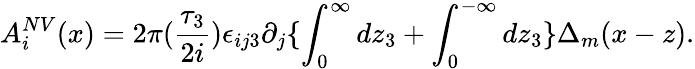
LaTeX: A_{i}^{NV}(x)=2\pi(\frac{\tau_{3}}{2i})\epsilon_{ij3}\partial_{j}\{ \int_{0}^{\infty}dz_{3}+\int_{0}^{-\infty}dz_{3}\} \Delta_{m}(x-z).